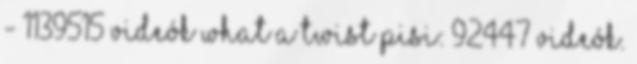
- 1139515 videók What a twist Pisi: 92447 videók.